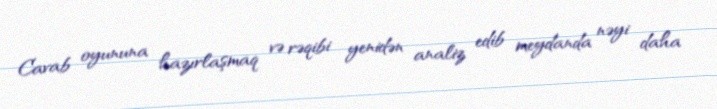
Cavab oyununa hazırlaşmaq və rəqibi yenidən analiz edib meydanda nəyi daha